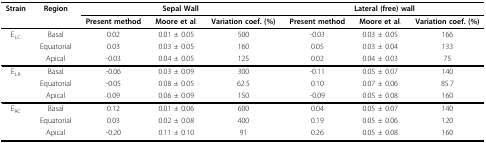
<table><thead><tr><td><b>Strain</b></td><td><b>Region</b></td><td colspan="3"><b>Sepal Wall</b></td><td colspan="3"><b>Lateral (free) wall</b></td></tr><tr><td></td><td></td><td><b>Present method</b></td><td><b>Moore et al.</b></td><td><b>Variation coef. (%)</b></td><td><b>Present method</b></td><td><b>Moore et al.</b></td><td><b>Variation coef. (%)</b></td></tr></thead><tbody><tr><td>E<sub>LC</sub></td><td>Basal</td><td>0.02</td><td>0.01 ± 0.05</td><td>500</td><td>-0.03</td><td>0.03 ± 0.05</td><td>166</td></tr><tr><td></td><td>Equatorial</td><td>0.03</td><td>0.03 ± 0.05</td><td>160</td><td>0.05</td><td>0.03 ± 0.04</td><td>133</td></tr><tr><td></td><td>Apical</td><td>-0.03</td><td>0.04 ± 0.05</td><td>125</td><td>0.02</td><td>0.04 ± 0.03</td><td>75</td></tr><tr><td>E<sub>LR</sub></td><td>Basal</td><td>-0.06</td><td>0.03 ± 0.09</td><td>300</td><td>-0.11</td><td>0.05 ± 0.07</td><td>140</td></tr><tr><td></td><td>Equatorial</td><td>-0.05</td><td>0.08 ± 0.05</td><td>62.5</td><td>0.10</td><td>0.07 ± 0.06</td><td>85.7</td></tr><tr><td></td><td>Apical</td><td>0.09</td><td>0.06 ± 0.09</td><td>150</td><td>-0.09</td><td>0.05 ± 0.08</td><td>160</td></tr><tr><td>E<sub>RC</sub></td><td>Basal</td><td>0.12</td><td>0.01 ± 0.06</td><td>600</td><td>0.04</td><td>0.05 ± 0.07</td><td>140</td></tr><tr><td></td><td>Equatorial</td><td>0.03</td><td>0.02 ± 0.08</td><td>400</td><td>0.19</td><td>0.05 ± 0.06</td><td>120</td></tr><tr><td></td><td>Apical</td><td>-0.20</td><td>0.11 ± 0.10</td><td>91</td><td>0.26</td><td>0.05 ± 0.08</td><td>160</td></tr></tbody></table>